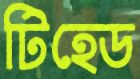
টিহেড